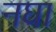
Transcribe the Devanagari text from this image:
नघा